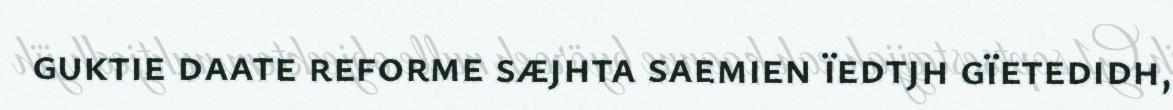
guktie daate reforme sæjhta saemien ïedtjh gïetedidh,